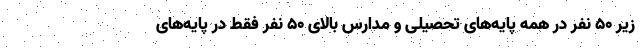
زیر ۵۰ نفر در همه پایه‌های تحصیلی و مدارس بالای ۵۰ نفر فقط در پایه‌های